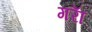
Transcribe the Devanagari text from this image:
गराॅ